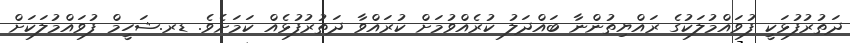
ދަތުރުފުޅަކީ ފުވައްމުލަކުގެ ރައްޔިތުންނާ ބައްދަލު ކުރެއްވުމަށް ކުރައްވާ ދަތުރުފުޅެއް ކަމަށެވެ. ޑރ.ޝަހީމް ފުވައްމުލަކަށް